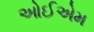
ઓઈએમ